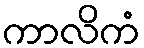
ကာလိကံ